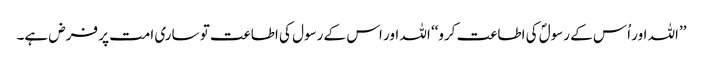
’’اللہ اور اُس کے رسولؐ کی اطاعت کرو‘‘ اللہ اور اس کے رسول کی اطاعت تو ساری امت پر فرض ہے۔